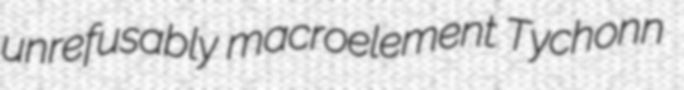
unrefusably macroelement Tychonn